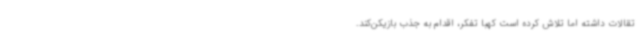
تقالات داشته اما تلاش کرده است کهبا تفکر، اقدام به جذب بازیکن‌کند.